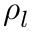
\rho _ { l }